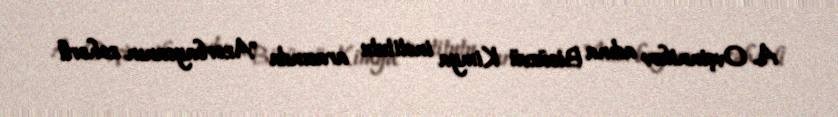
A. Ovçinnikov adına Bioüzvü Kimya institutu arasında "Azərbaycanın zəhərli